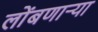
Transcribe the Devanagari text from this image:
लोंबणाऱ्या